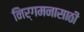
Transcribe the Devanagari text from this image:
निर्गमनासाठी